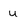
Character: u